Indian journal of veterinary science and animal husbandry - Volume 1,
Year: 1931
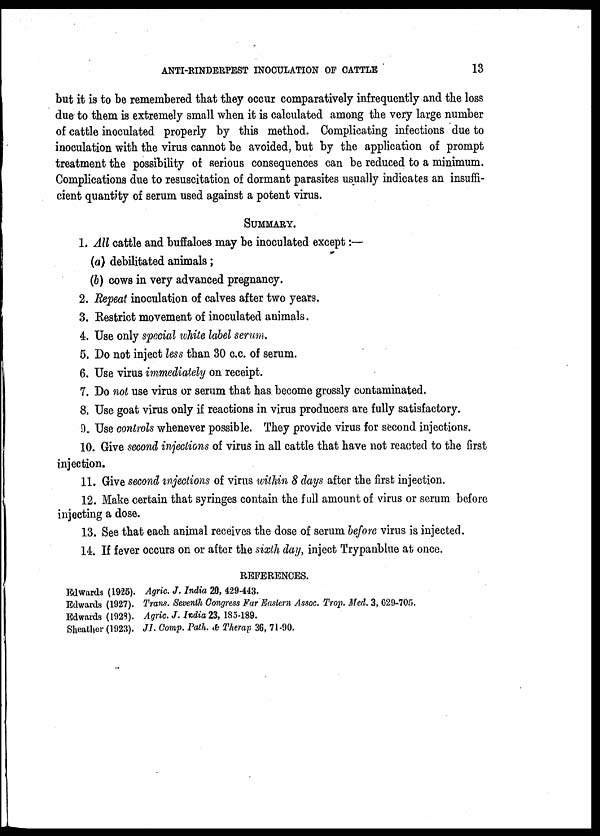
ANTI-RINDERPEST INOCULATION OF CATTLE
13
but it is to be remembered that they occur comparatively infrequently and the loss
due to them is extremely small when it is calculated among the very large number
of cattle inoculated properly by this method. Complicating infections due to
inoculation with the virus cannot be avoided, but by the application of prompt
treatment the possibility of serious consequences can be reduced to a minimum.
Complications due to resuscitation of dormant parasites usually indicates an insuffi-
cient quantity of serum used against a potent virus.
SUMMARY.
1. All cattle and buffaloes may be inoculated except:—
(a) debilitated animals;
(b) cows in very advanced pregnancy.
2. Repeat inoculation of calves after two years.
3. Restrict movement of inoculated animals.
4. Use only special white label serum.
5. Do not inject less than 30 c.c. of serum.
6. Use virus immediately on receipt.
7. Do not use virus or serum that has become grossly contaminated.
8. Use goat virus only if reactions in virus producers are fully satisfactory.
9. Use controls whenever possible. They provide virus for second injections.
10. Give second injections of virus in all cattle that have not reacted to the first
injection.
11. Give second injections of virus within 8 days after the first injection.
12. Make certain that syringes contain the full amount of virus or serum before
injecting a dose.
13. See that each animal receives the dose of serum before virus is injected.
14. If fever occurs on or after the sixth day, inject Trypanblue at once.
REFERENCES.
Edwards (1925). Agric. J. India 20, 429-443.
Edwards (1927). Trans. Seventh Congress Far Eastern Assoc. Trop. Med. 3, 629-705.
Edwards (1928). Agric. J. India 23, 185-189.
Sheather (1923). JI. Comp. Path. & Therap 36, 71-90.